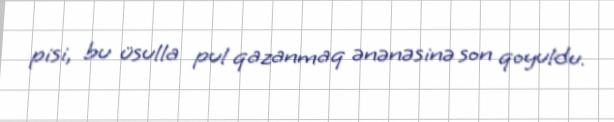
pisi, bu üsulla pul qazanmaq ənənəsinə son qoyuldu.